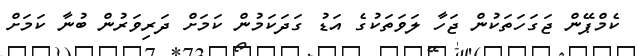
ކެމްޕޭން ޖަގަހަތަކުން ޖަހާ ލަވަތަކުގެ އަޑު ގަދަކަމުން ކަމަށް ދަރިވަރުން ބުނާ ކަމަށް